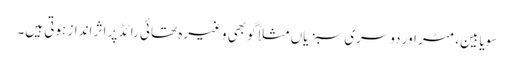
سویابین، مٹر اور دوسری سبزیاں مثلاً گوبھی وغیرہ تھائی رائڈ پر اثر انداز ہوتی ہیں۔